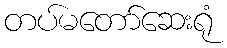
တပ်မတော်ဆေးရုံ